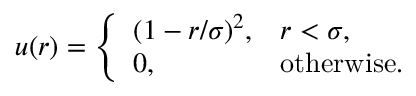
\mathinner { u \mathopen { \left( r \right) } } = \left\{ \begin{array} { l l } { ( 1 - r / \sigma ) ^ { 2 } , } & { r < \sigma , } \\ { 0 , } & { \mathrm { o t h e r w i s e } . } \end{array} \right.